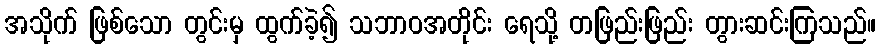
အသိုက် ဖြစ်သော တွင်းမှ ထွက်ခဲ့၍ သဘာဝအတိုင်း ရေသို့ တဖြည်းဖြည်း တွားဆင်းကြသည်။